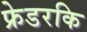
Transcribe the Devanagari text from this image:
फ्रेडरकि